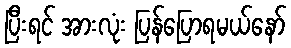
ပြီးရင် အားလုံး ပြန်ပြောရမယ်နော်